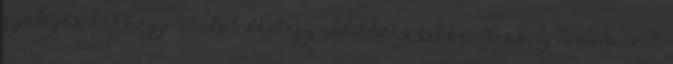
gyalogosokat, hogy leöntsék őket egy ablakból a szoba-illemhely tartalmával.